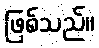
ဖြစ်သည်။